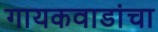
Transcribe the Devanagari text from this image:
गायकवाडांचा